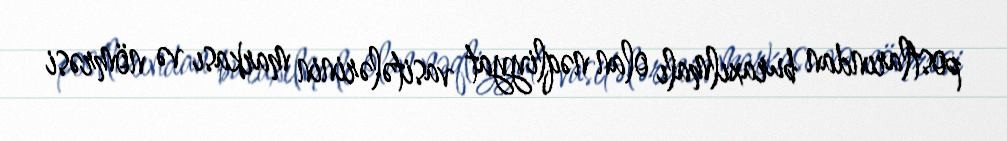
postlarından buraxılmalı olan nəqliyyat vasitələrinin markası və nömrəsi